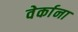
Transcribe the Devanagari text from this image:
वेर्काना